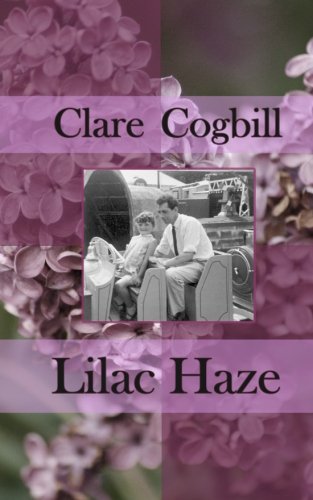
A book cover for Lilac Haze; Clare Cogbill; Health, Fitness & Dieting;